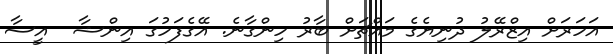
އަހަރަށް އިޒްރޭލު ދުނިޔެގެ މައްޗަށް ބާރު ހިންގާނެ. އޭގެފަހުގަ އިންޝާ  އީސާ